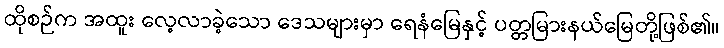
ထိုစဉ်က အထူး လေ့လာခဲ့သော ဒေသများမှာ ရေနံမြေနှင့် ပတ္တမြားနယ်မြေတို့ဖြစ်၏။